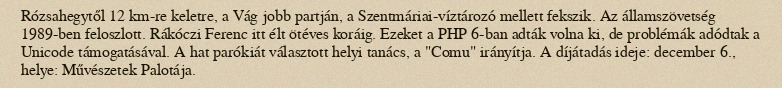
Rózsahegytől 12 km-re keletre, a Vág jobb partján, a Szentmáriai-víztározó mellett fekszik. Az államszövetség 1989-ben feloszlott. Rákóczi Ferenc itt élt ötéves koráig. Ezeket a PHP 6-ban adták volna ki, de problémák adódtak a Unicode támogatásával. A hat parókiát választott helyi tanács, a "Comu" irányítja. A díjátadás ideje: december 6., helye: Művészetek Palotája.